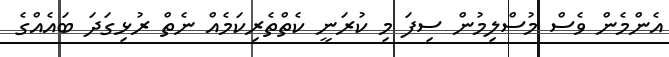
އެންމެން ވެސް މުސްލިމުން ސިފަ މި ކުރަނީ ކެތްތެރިކަމެއް ނެތް ރުޅިގަދަ ބައެއްގެ